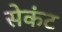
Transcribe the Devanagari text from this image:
सेकंट